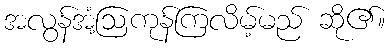
အလွန်အံ့ဩကုန်ကြလိမ့်မည် ဆို၏။